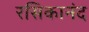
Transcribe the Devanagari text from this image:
रसिकानंद